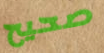
صحيح